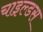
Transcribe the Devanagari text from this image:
चाइल्डस